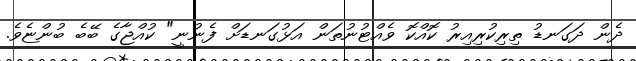
ދެން ދަގަނޑު ތިރިކުރިއިރު ކޮއްކޮ ވެއްޓުނުތަން އަޅުގަނޑަށް ފެނުނީ" ކުއްޖާގެ ބޭބެ ބުންޏެވެ.